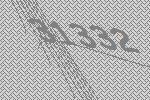
31332